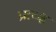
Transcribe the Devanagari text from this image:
प्रत्य्क्ष